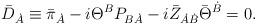
LaTeX: \begin{align*}\bar{D}_{\dot{A}}\equiv \bar{\pi} _{\dot{A}} - i \Theta^B P_{B\dot{A}}- i \bar{Z}_{\dot{A}\dot{B}} \bar{\Theta}^{\dot{B}} = 0.\end{align*}